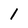
Character: 1